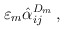
\begin{align*}\varepsilon_m \hat\alpha^{D_m}_{ij} \, , \end{align*}